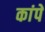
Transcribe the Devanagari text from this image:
कांपें